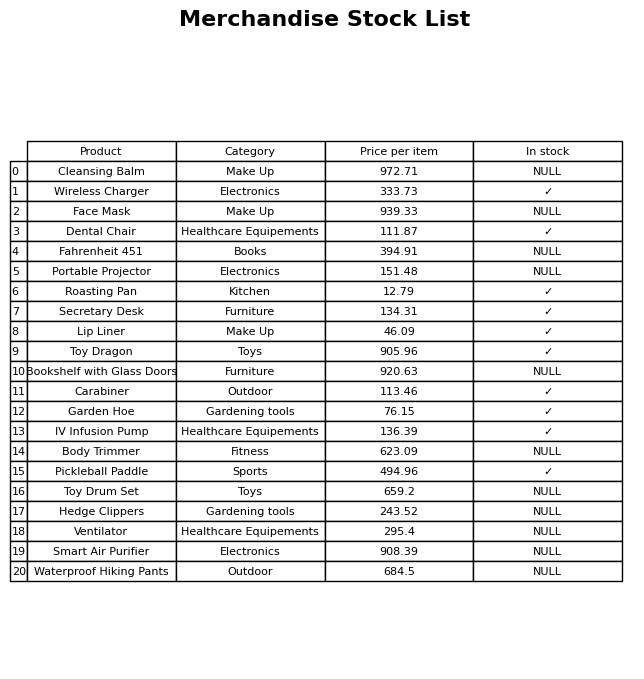
question: Is the Hedge Clippers in stock?
answer: NULL